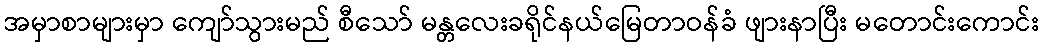
အမှာစာများမှာ ကျော်သွားမည် စီသော် မန္တလေးခရိုင်နယ်မြေတာဝန်ခံ ဖျားနာပြီး မတောင်းကောင်း